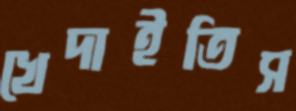
খেদাইতিস